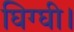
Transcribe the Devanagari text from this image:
घिग्घी।